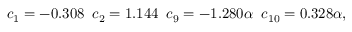
c _ { 1 } = - 0 . 3 0 8 \; \; c _ { 2 } = 1 . 1 4 4 \; \; c _ { 9 } = - 1 . 2 8 0 \alpha \; \; c _ { 1 0 } = 0 . 3 2 8 \alpha ,